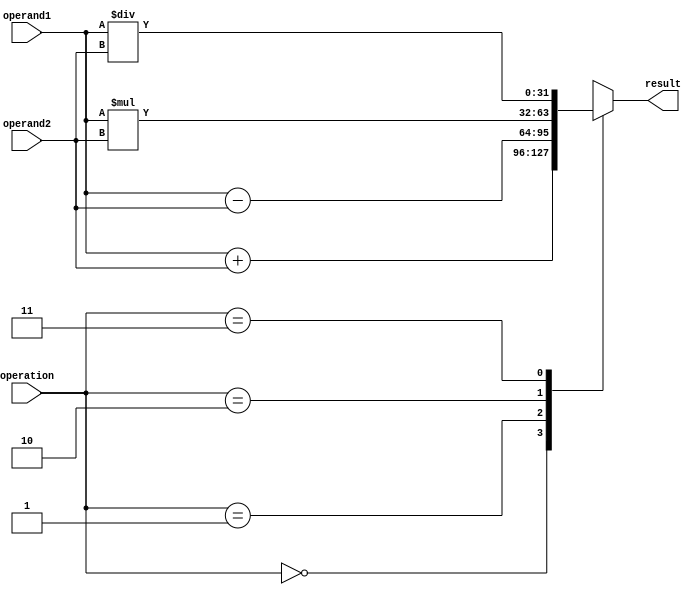
module fixed_point_unit(
  input [31:0] operand1,
  input [31:0] operand2,
  input [1:0] operation,
  output reg [31:0] result
);

  // Arithmetic operation selection
  always @(*)
  begin
    case(operation)
      2'b00: result = operand1 + operand2; // Addition
      2'b01: result = operand1 - operand2; // Subtraction
      2'b10: result = operand1 * operand2; // Multiplication
      2'b11: result = operand1 / operand2; // Division
      default: result = 32'hxxxx_xxxx; // Error handling
    endcase
  end
endmodule